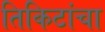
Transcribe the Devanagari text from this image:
तिकिटांचा